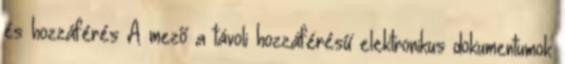
és hozzáférés A mező a távoli hozzáférésű elektronikus dokumentumok